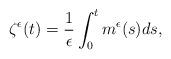
LaTeX: \begin{align*}\zeta^\epsilon(t)=\frac{1}{\epsilon}\int_{0}^{t}m^\epsilon(s)ds,\end{align*}